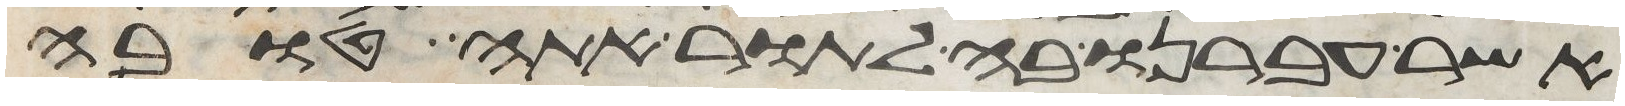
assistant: אשר עברנו בה לתור אתה טובה